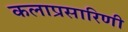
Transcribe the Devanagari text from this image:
कलाप्रसारिणी